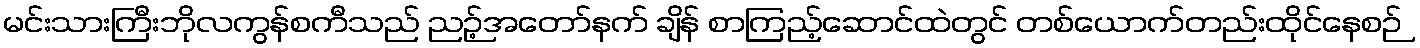
မင်းသားကြီးဘိုလကွန်စကီသည် ညဉ့်အတော်နက် ချိန် စာကြည့်ဆောင်ထဲတွင် တစ်ယောက်တည်းထိုင်နေစဉ်